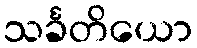
သင်္ခတိယော